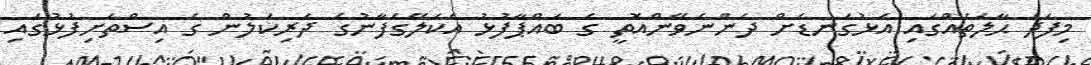
މިފަދަ ޙާލަތެއްގައި އަޅުގަނޑަށް ދެންނެވޭންއޮތީ ގެ ބައްޕާފުޅު އެކަލޭގެފާނުގެ ދަރިކަލުން ގެ އިސްތަށިފުޅުގައި